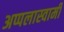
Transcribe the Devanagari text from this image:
अप्पलास्वामी